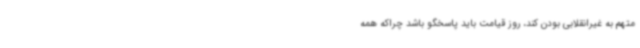
متهم به غیرانقلابی بودن کند، روز قیامت باید پاسخگو باشد چراکه همه